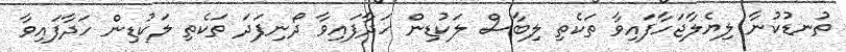
ތުނޑުކުނާ ލިޔެލާޖަހާފައިވާ ތަކެތި ލިބާސް ލަކުޑިން ހަދާފައިވާ ދޯނިފަދަ ތަކެތި ލަކުޑިން ހަދާފައިވާ